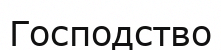
Господство